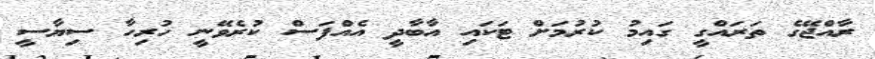
ރާއްޖޭގެ ތަރައްގީ ގައިމު ކުރުމަށް ޓަކައި އާބާދީ އެއްފަސް ކުރެވޭނީ ހުރިހާ ސިޔާސީ